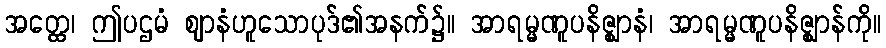
အတ္ထေ၊ ဤပဌမံ ဈာနံဟူသောပုဒ်၏အနက်၌။ အာရမ္မဏူပနိဇ္ဈာနံ၊ အာရမ္မဏူပနိဇ္ဈာန်ကို။